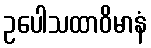
ဥပေါသထာဝိမာနံ